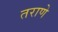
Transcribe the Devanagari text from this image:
तराणे